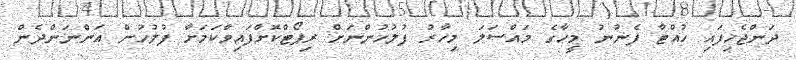
ދަންޖެހިފައި ހުއްޓާ ފެނުނު މީހާގެ މައްސަލަ މިހާރު ފުލުހުންނަށް ރިޕޯޓްކޮށްފައިވާކަމަށާ ފުލުހުން އަންނަންދެން